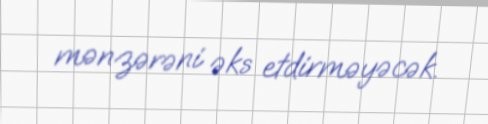
mənzərəni əks etdirməyəcək.